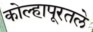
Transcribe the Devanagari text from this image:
कोल्हापूरतले